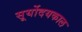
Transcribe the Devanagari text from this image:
सूर्योदयकाल